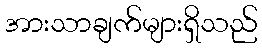
အားသာချက်များရှိသည်